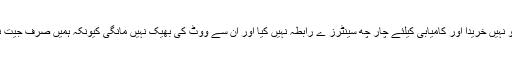
ان کا کہناتھا کہ ہم نے کسی کو نہیں خریدا اور کامیابی کیلئے چار چھ سینٹرز ے رابطہ نہیں کیا اور ان سے ووٹ کی بھیک نہیں مانگی کیونکہ ہمیں صرف جیت نہیں بلکہ اصولی جیت چاہیے ۔